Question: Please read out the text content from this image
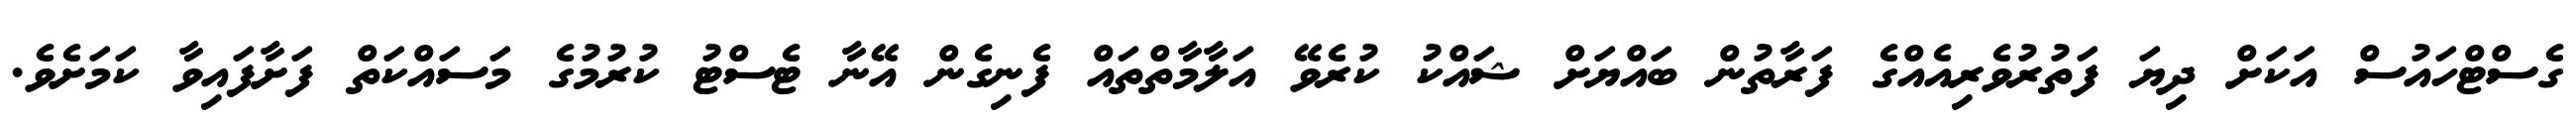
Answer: ގެސްޓްހައުސް އަކަށް ދިޔަ ފަތުރުވެރިއެއްގެ ފަރާތުން ބައްޔަށް ޝައްކު ކުރެވޭ އަލާމާތްތައް ފެނިގެން އޭނާ ޓެސްޓު ކުރުމުގެ މަސައްކަތް ފަށާފައިވާ ކަމަށެވެ.